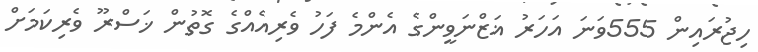
ހިޖުރައިން 555ވަނަ އަހަރު ޣަޒްނަވީންގެ އެންމެ ފަހު ވެރިއެއްގެ ގޮތުން ޚަސްރޫ ވެރިކަމަށް